Annual administration report of the Civil Veterinary Department of India - 1897-1898
Year: 1897
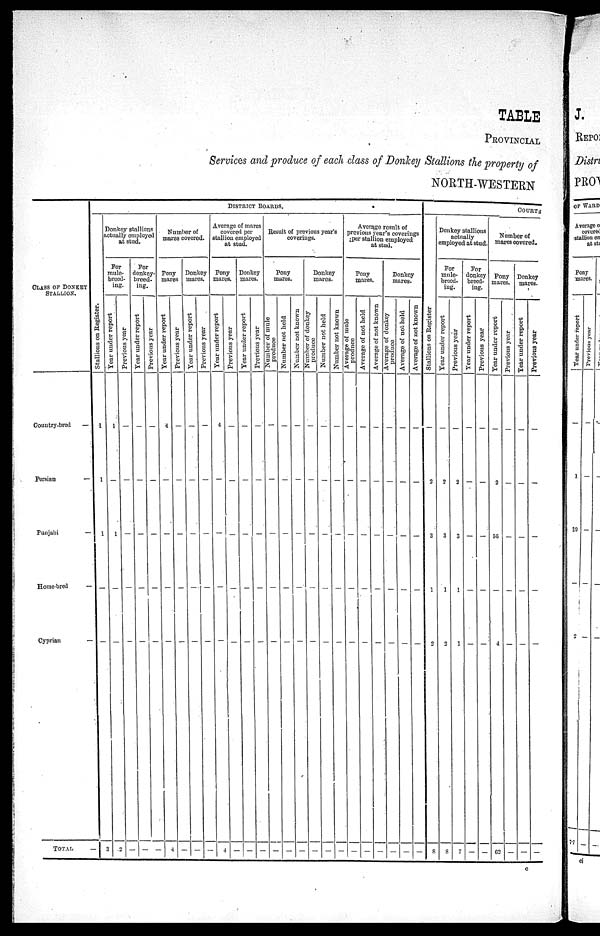
TABLE
PROVINCIAL
Services and produce of each class of Donkey Stallions the property of
NORTH—WESTERN
CLASS OF DONKEY
STALLION.
Country-bred
—
Persian
—
Punjabi
—
Home-bred —
Cyprian —
TOTAL
DISTRICT BOARDS.
Stallions on Register.
1
1
1
—
—
—
Donkoy stallions
actually employed
at stud.
For
mule-
breed-
ing.
Year
under report
—
—
1
—
—
3
Previous year
—
—
—
—
—
2
For
donkey-
breed-
ing.
Year
under report
—
—
—
—
—
—
Previous year
—
—
—
—
—
—
Number of
mares covered.
Pony
mares
Year
under report
4
—
—
—
—
4
Previous year
—
—
—
—
—
—
Donkey
mares.
Year
under report
—
—
—
—
—
—
Previous year
—
—
—
—
—
—
Average of mares
covered per
stallion employed
at stud.
Pony
mares.
Year
under report
4
—
—
—
—
4
Previous year
—
—
—
—
—
—
Donkey
mares.
Tear under report
—
—
—
—
—
—
Previous year
—
—
—
—
—
—
Result of previous year's
coverings.
Pony
mares.
Number of mule
produce
—
—
—
—
—
—
Number not held
—
—
—
—
—
—
Number not known
—
—
—
—
—
—
Donkey
mares.
Number of donkey
produce
—
—
—
—
—
—
Number not held
—
—
—
—
—
—
Number not known
—
—
—
—
—
—
Average result of
previous year's coverings
per stallion employed
at stud.
Pony
mares.
Average of mule
produce
—
—
—
—
—
—
Average of not held
—
—
—
—
—
—
Average of not known
—
—
—
—
—
—
Donkey
mares.
Average of donkey
produce
—
—
—
—
—
—
Average of not held
—
—
—
—
—
—
Average of not known
—
—
—
—
—
—
COURTS
St al l
i
ons on Regi s t
er
—
2
3
1
2
8
Donkey stallions
actually
employed at stud.
For
mule—
breed-
ing.
Year
under report
—
2
3
1
2
8
Previous year
—
2
3
1
1
7
For
donkey
breed-
ing.
Year under report
—
—
—
—
—
—
Previous year
—
—
—
—
—
—
Number of
mares covered.
Pony
mares.
Year
under report
—
2
56
—
4
62
Previous year
—
—
—
—
—
—
Donkey
mares.
Year
under report
—
—
—
—
—
—
Previous year
—
—
—
—
—
—
c